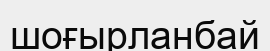
шоғырланбай